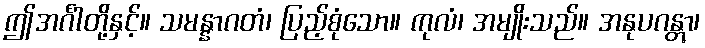
ဤအင်္ဂါတို့နှင့်။ သမန္နာဂတံ၊ ပြည့်စုံသော။ ကုလံ၊ အမျိုးသည်။ အနုပဂန္တွာ၊